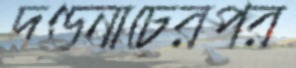
দণ্ডনাচেরপর